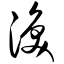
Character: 涣